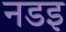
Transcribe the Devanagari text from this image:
नडइ